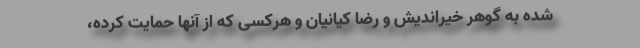
شده به گوهر خیراندیش و رضا کیانیان و هرکسی که از آنها حمایت کرده،